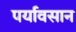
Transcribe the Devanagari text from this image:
पर्यावसान